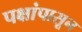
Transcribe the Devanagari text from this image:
पक्षांपासून